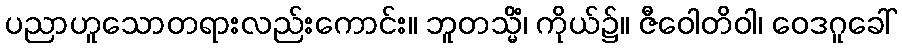
ပညာဟူသောတရားလည်းကောင်း။ ဘူတသ္မိံ၊ ကိုယ်၌။ ဇီဝေါတိဝါ၊ ဝေဒဂူခေါ်